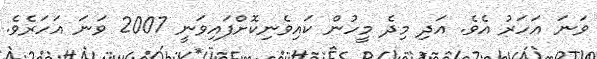
ވަނަ އަހަރު އެވެ. އަދި މިދެ މީހުން ކައިވެނިކޮށްފައިވަނީ 2007 ވަނަ އަހަރެވެ.